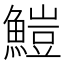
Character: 䱺